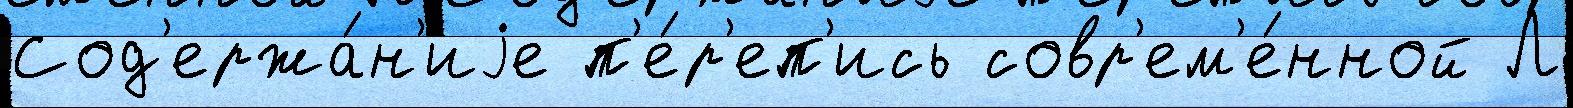
Сод'ержа́н'иjе п'е́р'еп'ись совр'ем'е́нной Л